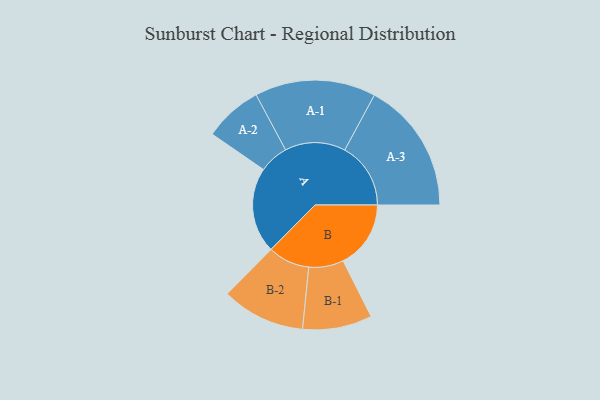
{"axis": {"x": "Segment", "y": "Value"}, "legend": ["", "A", "B"], "data": [{"x": "A", "y": 342, "type": ""}, {"x": "B", "y": 271, "type": ""}, {"x": "A-1", "y": 242, "type": "A"}, {"x": "A-2", "y": 117, "type": "A"}, {"x": "A-3", "y": 264, "type": "A"}, {"x": "B-1", "y": 139, "type": "B"}, {"x": "B-2", "y": 167, "type": "B"}]}